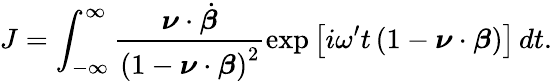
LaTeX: J=\int_{-\infty}^{\infty}\frac{\boldsymbol{\nu}\cdot\dot{\boldsymbol{\beta}}}{\left(1-\boldsymbol{\nu}\cdot\boldsymbol{\beta}\right)^{2}}\exp\left[i\omega^{\prime}t\left(1-\boldsymbol{\nu}\cdot\boldsymbol{\beta}\right)\right]\, dt.